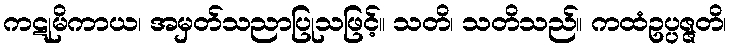
ကဋုမိကာယ၊ အမှတ်သညာပြုသဖြင့်။ သတိ၊ သတိသည်။ ကထံဥပ္ပဇ္ဇတိ၊